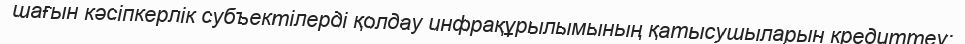
шағын кәсіпкерлік субъектілерді қолдау инфрақұрылымының қатысушыларын кредиттеу;